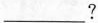
___?